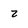
Character: 2